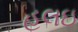
હલઇ